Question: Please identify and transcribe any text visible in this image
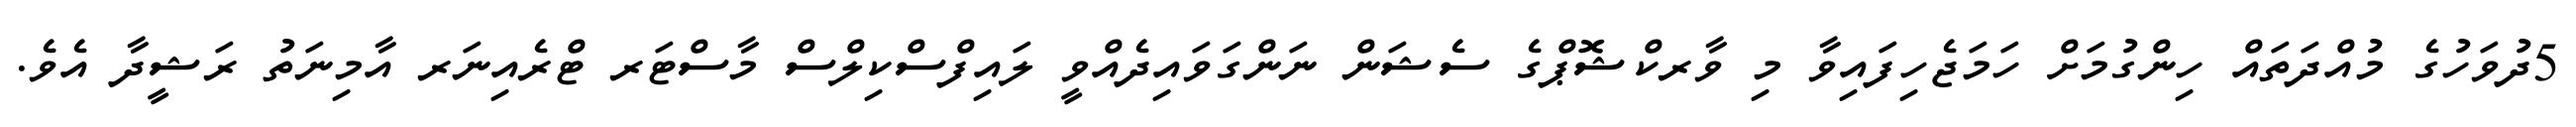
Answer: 5ދުވަހުގެ މުއްދަތައް ހިންގުމަށް ހަމަޖެހިފައިވާ މި ވާރކްޝޮޕްގެ ސެޝަން ނަންގަވައިދެއްވީ ލައިފްސްކިލްސް މާސްޓަރ ޓްރެއިނަރ އާމިނަތު ރަޝީދާ އެވެ.